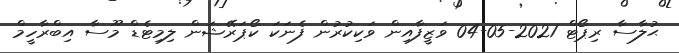
ޙުލާސާ ރިޕޯޓް 2021-05-04 ވަޒީފާއިން ވަކިކުރުން ފެނަކަ ކޯޕަރޭޝަން ލިމިޓެޑް މޫސާ އިބްރާހީމް